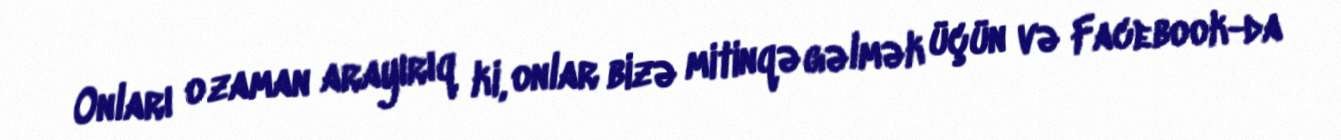
Onları o zaman arayırıq ki, onlar bizə mitinqə gəlmək üçün və Facebook-da